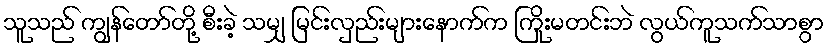
သူသည် ကျွန်တော်တို့ စီးခဲ့ သမျှ မြင်းလှည်းများနောက်က ကြိုးမတင်းဘဲ လွယ်ကူသက်သာစွာ